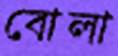
বোলা